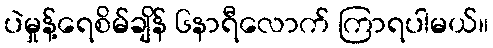
ပဲမှုန့်ရေစိမ်ချိန် ၆နာရီလောက် ကြာရပါမယ်။